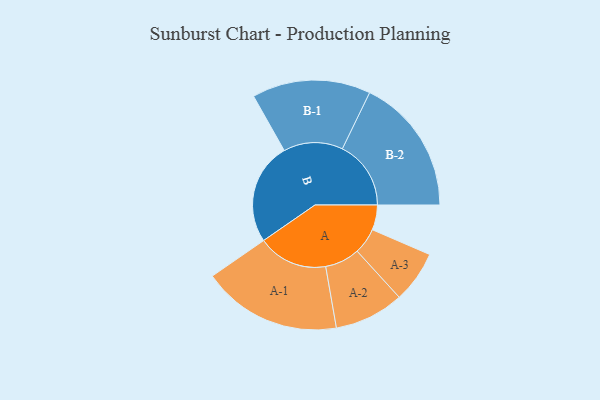
{"axis": {"x": "Segment", "y": "Value"}, "legend": ["", "A", "B"], "data": [{"x": "A", "y": 102, "type": ""}, {"x": "B", "y": 416, "type": ""}, {"x": "A-1", "y": 285, "type": "A"}, {"x": "A-2", "y": 142, "type": "A"}, {"x": "A-3", "y": 106, "type": "A"}, {"x": "B-1", "y": 242, "type": "B"}, {"x": "B-2", "y": 280, "type": "B"}]}